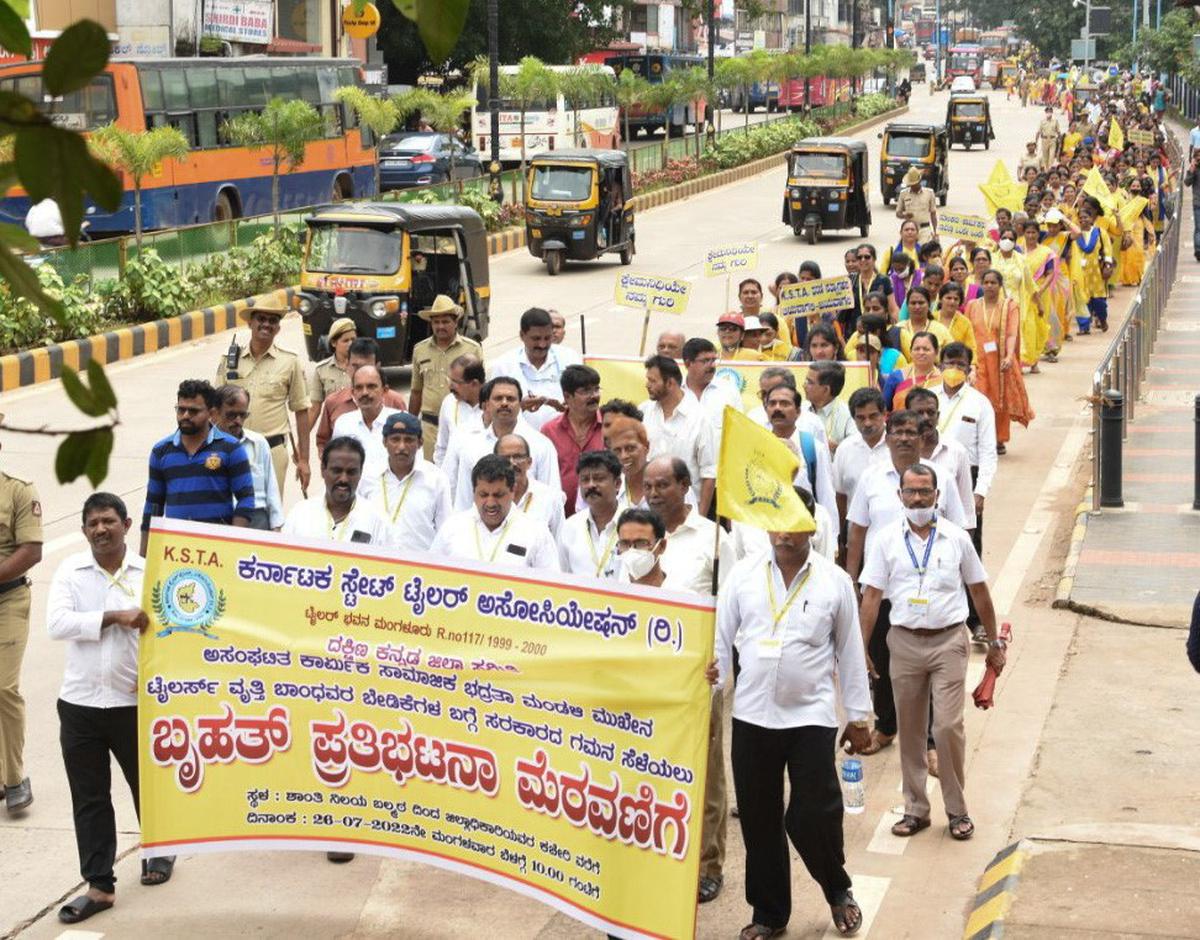
Language: kannada
Transcription: ಕರ್ನಾಟಕ ಸ್ಟೇಟ್ ಅಸೋಸಿ ವೃತ್ತಿ ಪ್ರತಿಭಟನಾ ಟೈಲರ್ ಮೆರವಣಿಗೆ (ರಿ.) ಬೃಹತ್